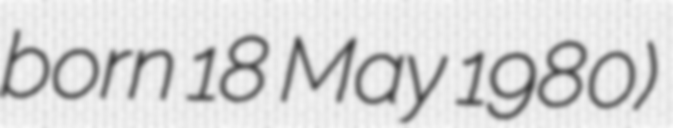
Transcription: born 18 May 1980)